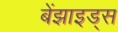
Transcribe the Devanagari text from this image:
बेंझाइड्स